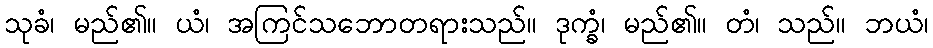
သုခံ၊ မည်၏။ ယံ၊ အကြင်သဘောတရားသည်။ ဒုက္ခံ၊ မည်၏။ တံ၊ သည်။ ဘယံ၊